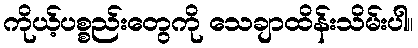
ကိုယ့်ပစ္စည်းတွေကို သေချာထိန်းသိမ်းပါ။